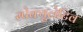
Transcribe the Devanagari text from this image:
स्पेक्युलेटिव